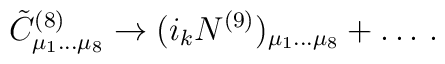
{\tilde C}^{(8)}_{\mu_1\dots\mu_8}\rightarrow (i_k N^{(9)})_{\mu_1\dots\mu_8}+\dots\, .